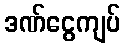
ဒဏ်ငွေကျပ်